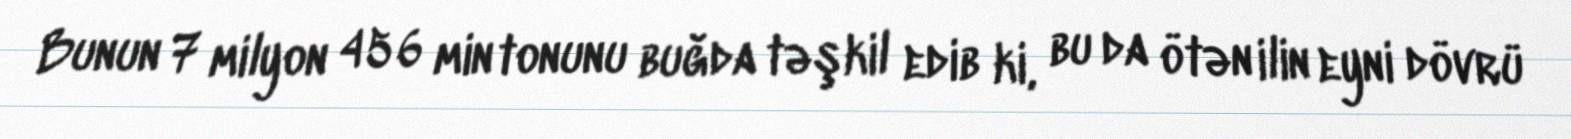
Bunun 7 milyon 456 min tonunu buğda təşkil edib ki, bu da ötən ilin eyni dövrü